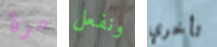
مرة ونفعل تأخري